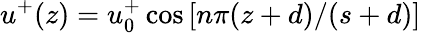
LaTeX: u^{+}(z)=u_{0}^{+}\cos\left[n\pi(z+d)/(s+d)\right]